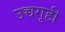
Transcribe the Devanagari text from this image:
उच्चगृही